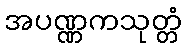
အပဏ္ဏကသုတ္တံ